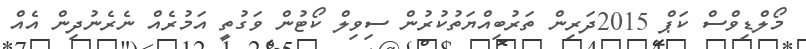
މޯލްޑިވްސް ކަޕް 2015ދަރިން ތަރުބިއްޔަތުކުރުން ސިވިލް ކޯޓުން ވަގުތީ އަމުރެއް ނެރެނުދިން އެއް